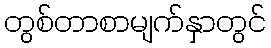
တွစ်တာစာမျက်နှာတွင်